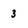
Character: 3